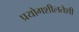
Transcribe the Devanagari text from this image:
प्रयोगशीलतेशी